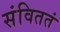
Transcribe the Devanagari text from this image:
संविततं